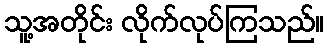
သူ့အတိုင်း လိုက်လုပ်ကြသည်။